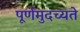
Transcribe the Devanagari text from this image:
पूर्णमुदच्यते